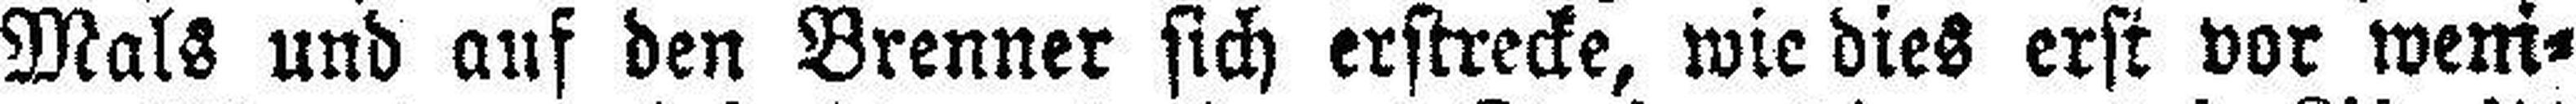
Mals und auf den Brenner sich erstrecke, wie dies erst vor weni¬